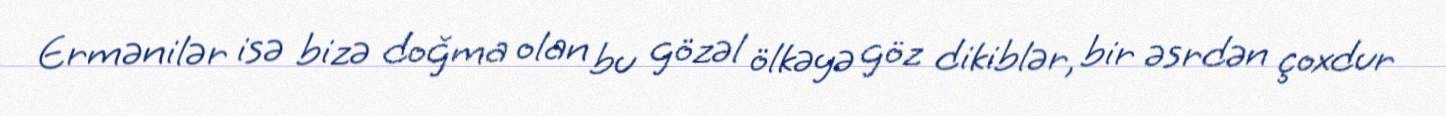
Ermənilər isə bizə doğma olan bu gözəl ölkəyə göz dikiblər, bir əsrdən çoxdur